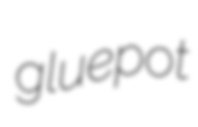
gluepot